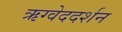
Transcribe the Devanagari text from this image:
ऋग्वेददर्शन